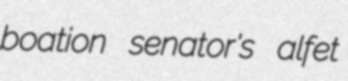
boation senator's alfet